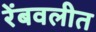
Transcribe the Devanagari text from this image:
रेंबवलीत